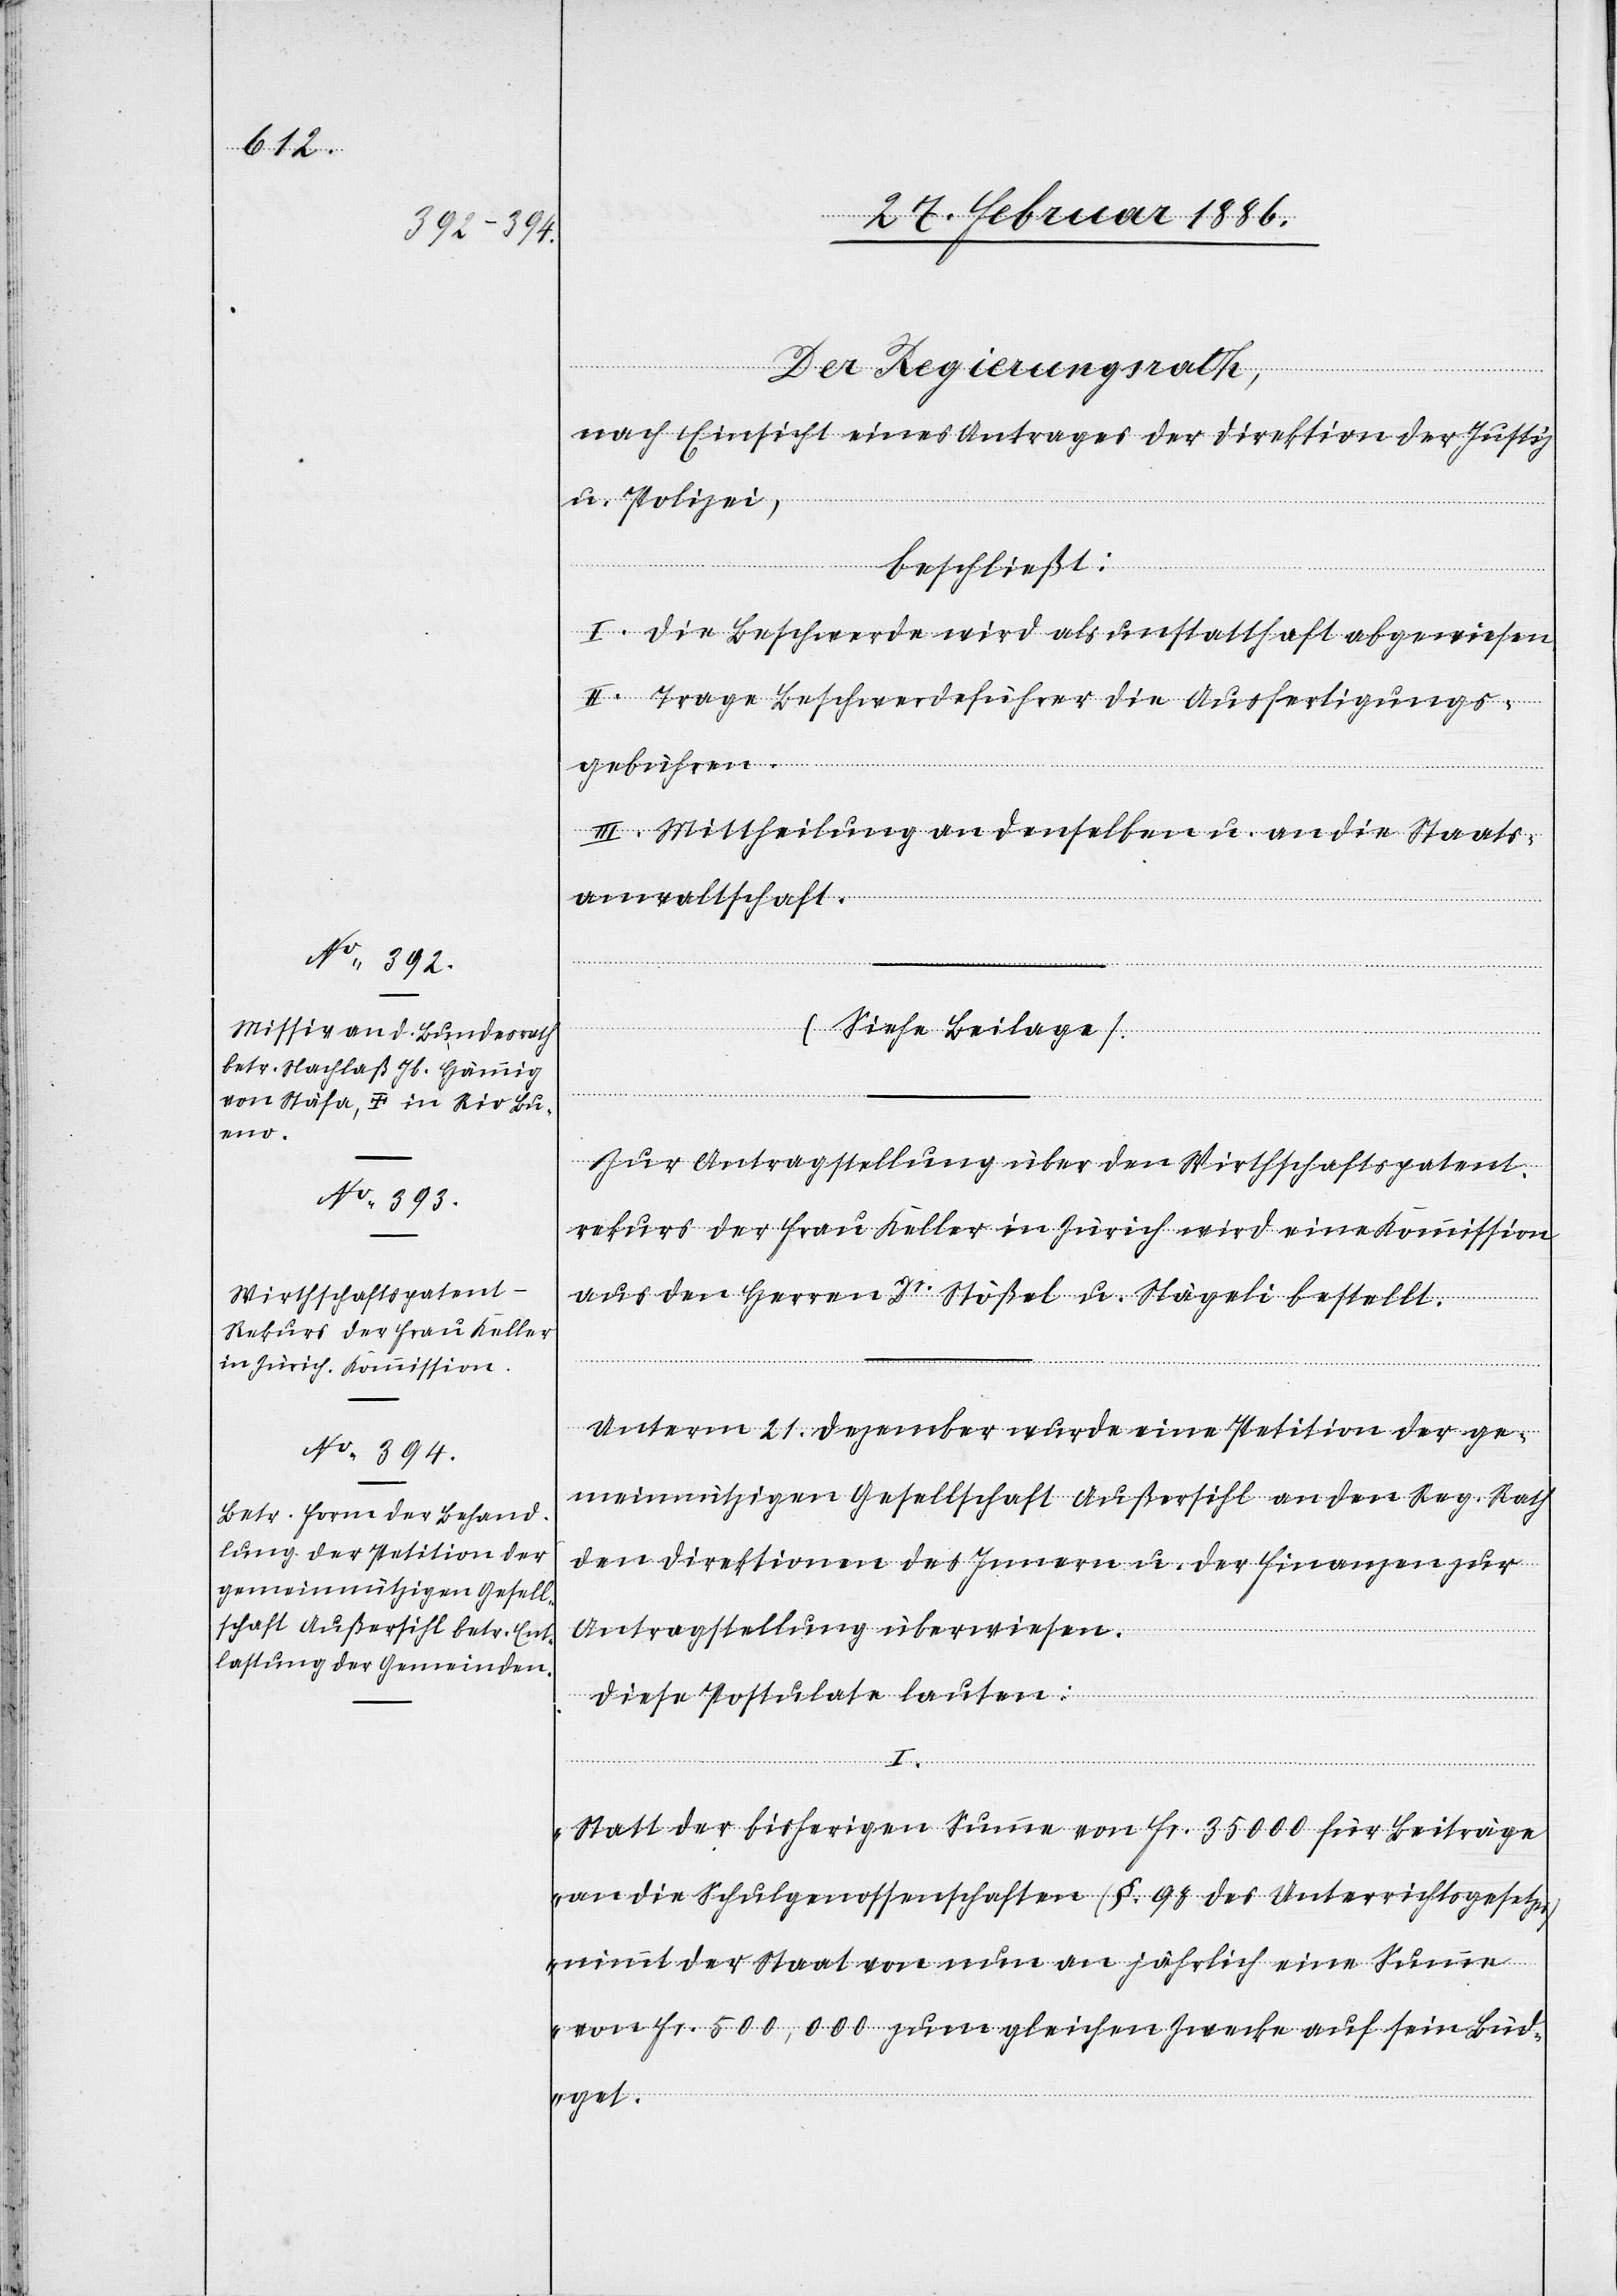
Der Regierungsrath,
nach Einsicht eines Antrages der Direktion der Justiz
u. Polizei,
beschließt:
I. Die Beschwerde wird als unstatthaft abgewiesen.
II. Trage Beschwerdeführer die Ausfertigungs¬
gebühren.
III. Mittheilung an denselben u. an die Staats¬
anwaltschaft.
Zur Antragstellung über den Wirthschaftspatent¬
rekurs der Frau Keller in Zürich wird eine Kommission
aus den Herren Dr. Stößel u. Nägeli bestellt.
Unterm 21. Dezember wurde eine Petition der ge¬
meinnützigen Gesellschaft Außersihl an den Reg. Rath
den Direktionen des Innern u. der Finanzen zur
Antragstellung überwiesen.
Diese Postulate lauten:
„Statt der bisherigen Summe von Fr. 25,000 für Beiträge
an die Schulgenossenschaften (§. 98 des Unterrichtsgesetzes)
nimmt der Staat von nun an jährlich eine Summe
von Fr. 500,000 zum gleichen Zwecke auf sein Büd¬
get.“